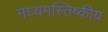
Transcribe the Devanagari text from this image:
मध्यमस्तिष्कीय